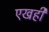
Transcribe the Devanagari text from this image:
एखही